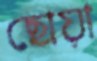
ছোয়া